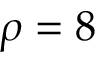
\rho = 8